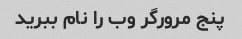
پنج مرورگر وب را نام ببرید